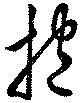
抱